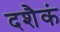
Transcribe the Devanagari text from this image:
दशैकं